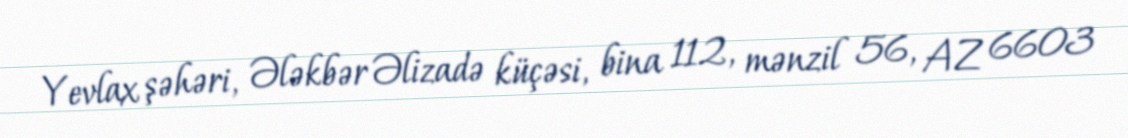
Yevlax şəhəri, Ələkbər Əlizadə küçəsi, bina 112, mənzil 56, AZ 6603